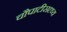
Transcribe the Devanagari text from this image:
चौपाटीसदृष्य